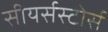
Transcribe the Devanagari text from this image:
सीयर्सस्‍टोर्स